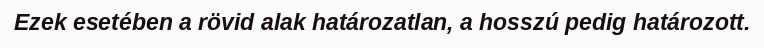
Ezek esetében a rövid alak határozatlan, a hosszú pedig határozott.